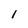
Character: 1